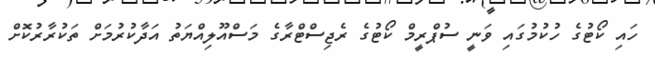
ހައި ކޯޓުގެ ހުކުމުގައި ވަނީ ސުޕްރީމް ކޯޓުގެ ރެޖިސްޓްރާގެ މަސްއޫލިއްޔަތު އަދާކުރުމަށް ތަކުރާރުކޮށް